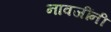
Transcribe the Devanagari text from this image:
नावजींनी